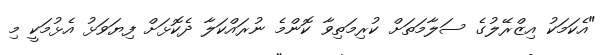
"އެކަމަކު އިޒްރޭލުގެ ސަލާމަތަށް ކުރިމަތިވާ ކޮންމެ ނުރައްކަލާ ދެކޮޅަށް ފިޔަވަޅު އެޅުމަކީ މި